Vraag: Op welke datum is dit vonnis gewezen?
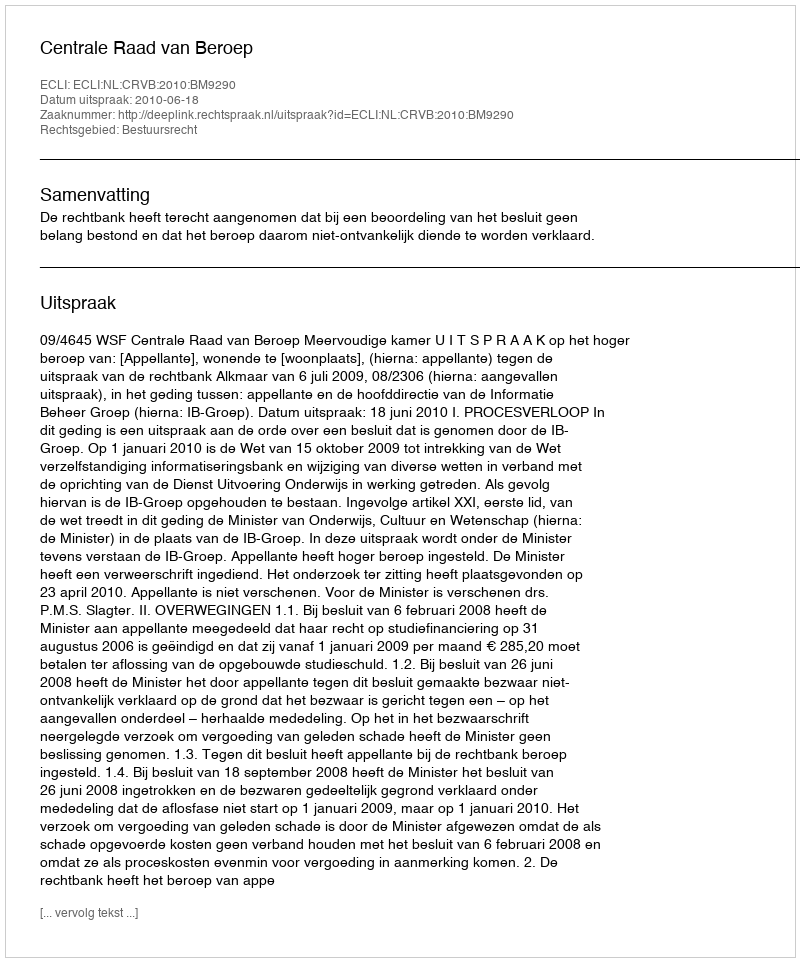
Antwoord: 2010-06-18